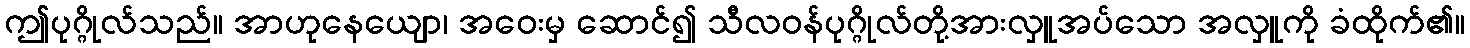
ဤပုဂ္ဂိုလ်သည်။ အာဟုနေယျော၊ အဝေးမှ ဆောင်၍ သီလဝန်ပုဂ္ဂိုလ်တို့အားလှူအပ်သော အလှူကို ခံထိုက်၏။